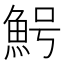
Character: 𱆩